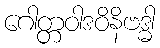
ဂေါတ္တဝါဒဝိနိဗဒ္ဓါ